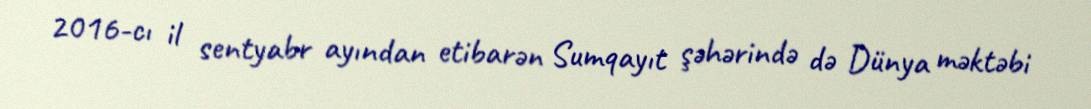
2016-cı il sentyabr ayından etibarən Sumqayıt şəhərində də Dünya məktəbi